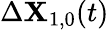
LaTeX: \Delta\mathbf{X}_{1,0}(t)